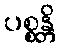
ပစ္စန္တိ